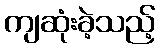
ကျဆုံးခဲ့သည့်